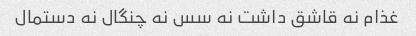
غذام نه قاشق داشت نه سس نه چنگال نه دستمال